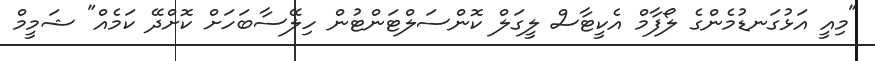
"މިއީ އަޅުގަނޑުމެންގެ ލޯފާމް އެކީޓާސް ލީގަލް ކޮންސަލްޓަންޓުން ހިލޭސާބަހަށް ކޮށްދޭ ކަމެއް" ޝަމީމް